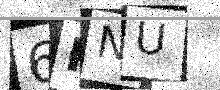
Text: 6PNU